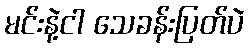
မင်းနဲ့ငါ သေခန်းပြတ်ပဲ